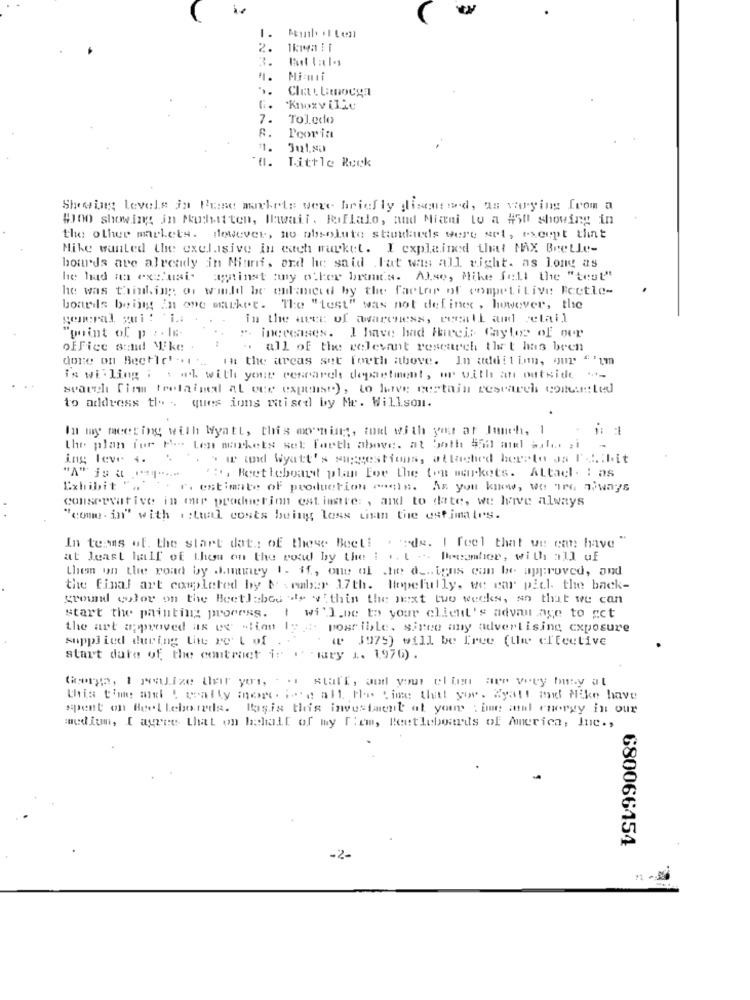
w
1.
Miami
7.
Toledo
8.
Poorin
= =
Little Rock
Showing Levele in Puise markets were briefly discound, as voying from a
#100 showing in Muhit'ten, Hawaii. Riflalo, aud Miami to a #50 showing in
the other markets. However, no absolute standards were set, except that
Mike wanted the exclusive in each market. I explained that MAX Beetle-
bow'ds are already in Miami, and he said Fat was all right. as long as
he had an ex :. uni.
Lagtinst any other brands. ALse, Mike fell the "test"
he was thinking of wild be enlanced by the factar of competitive Fcetle-
boards beijgg In one market. The "test" was not defined , however, the
general sui : i .:
in the area of awareness, reall and retail
". increases. I have had Harci; Gayles of our
"point of p : . le-
office send Mike .
: . all of the relevant research that has been
done on Beetle' .. .. in the areas set forth above. In addition, our "'im
is willing : sel with your research department, or with an outside "-
search firm trelained at ece expense), to live certain research comousted
to address tle ,, ques ions raised by Mr. Willson.
In my meeting with Wyatt, this morning, tou with your at Inuch, 1
the plan for Po Len markets set farth above. at both $50 mil wxh .. ; i
ing leve i.
". . w und Wyatt's suggestions, attached hereto as I'd.bit
it :, Beetleboat plan For the ton markets. Attach. : as
Exhibit
. r. estimate of production mooie. As you know, Wo TG 7;ways
conservative in our production estimate: , and to date, we have always
"comm . in" with actual costs being loss tinn the estimates.
In tens of. the start dat .: of these Beet! . de. I feel that we can have ""
at least half of then on the road by the i .. . .. Denamber, with all uf
them on the road by .hmmmey 1. if ., one of the de .. igus can be approved, and
the final art completed by beraber 17th. Hopefully, we car picl. the back-
ground color on the Beetlebes of v'thin the next two weeks, so that we can
start the painting process.
I wi'].De to your client's advantage to act
the art approved as es "lian ly :. possible. siree any advertising exposure
supplied during the re't of
( J975) will be free (the effective
start date of the contract ir ( wary 1. 1,976) .
Gorge, 1 wlize their pors, . .. staff, and your clum are very busy al
this time mal ! weally more ise all the time: thit yor. Wyatt and Mike have
spent on Beetlebonds. Basis this investment at your : be zal energy in our
medium, I agree that on behalf of my [iem, Beetleboards of America, Inc .,
680066454
-2-